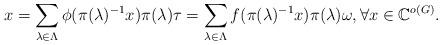
LaTeX: \begin{align*}x=\sum_{\lambda\in \Lambda}\phi(\pi(\lambda)^{-1}x) \pi(\lambda)\tau=\sum_{\lambda\in \Lambda}f(\pi(\lambda)^{-1}x) \pi(\lambda)\omega, \forall x \in \mathbb{C}^{o(G)}.\end{align*}